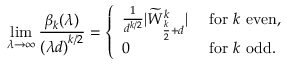
\operatorname* { l i m } _ { \lambda \rightarrow \infty } \displaystyle \frac { \beta _ { k } ( \lambda ) } { \left( \lambda d \right) ^ { k / 2 } } = \left\{ \begin{array} { l l } { \frac { 1 } { d ^ { k / 2 } } | \widetilde { W } _ { \frac { k } { 2 } + d } ^ { k } | } & { \mathrm { ~ f o r ~ } k \mathrm { ~ e v e n } , } \\ { 0 } & { \mathrm { ~ f o r ~ } k \mathrm { ~ o d d . } } \end{array} \right.